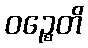
ဝဉ္စေတိ